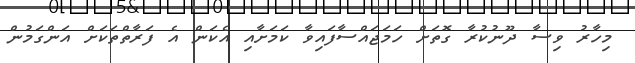
މިހާރު ވިސާ ދޫނުކުރާ ގޮތަށް ހަމަޖައްސާފައިވާ ކަމަށާއި އެކަން އެ ފަރާތްތަކަށް އަންގަމުން